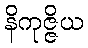
နိကုဇ္ဇိယ